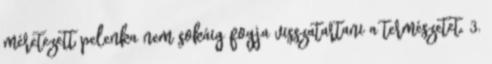
méretezett pelenka nem sokáig fogja visszatartani a természetet. 3.